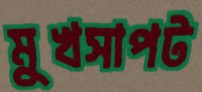
মুখসাপট